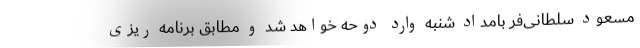
مسعود سلطانی‌فر بامداد شنبه وارد دوحه خواهد شد و مطابق برنامه ریزی